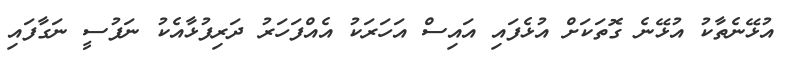
އުޅޭނެތާކު އުޅޭނެ ގޮތަކަށް އުޅެފައި އައިސް އަހަރަކު އެއްފަހަރު ދަރިފުޅާއެކު ނަފުސީ ނަގާފައި